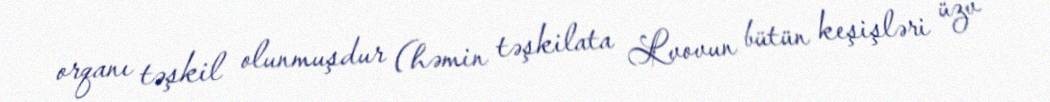
orqanı təşkil olunmuşdur (həmin təşkilata Lvovun bütün keşişləri üzv